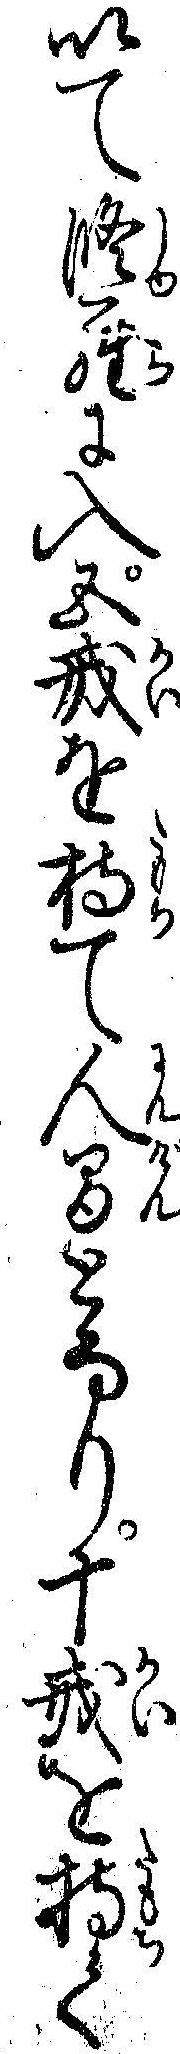
以て修羅に入五戒を持て人間となり十戒を持て